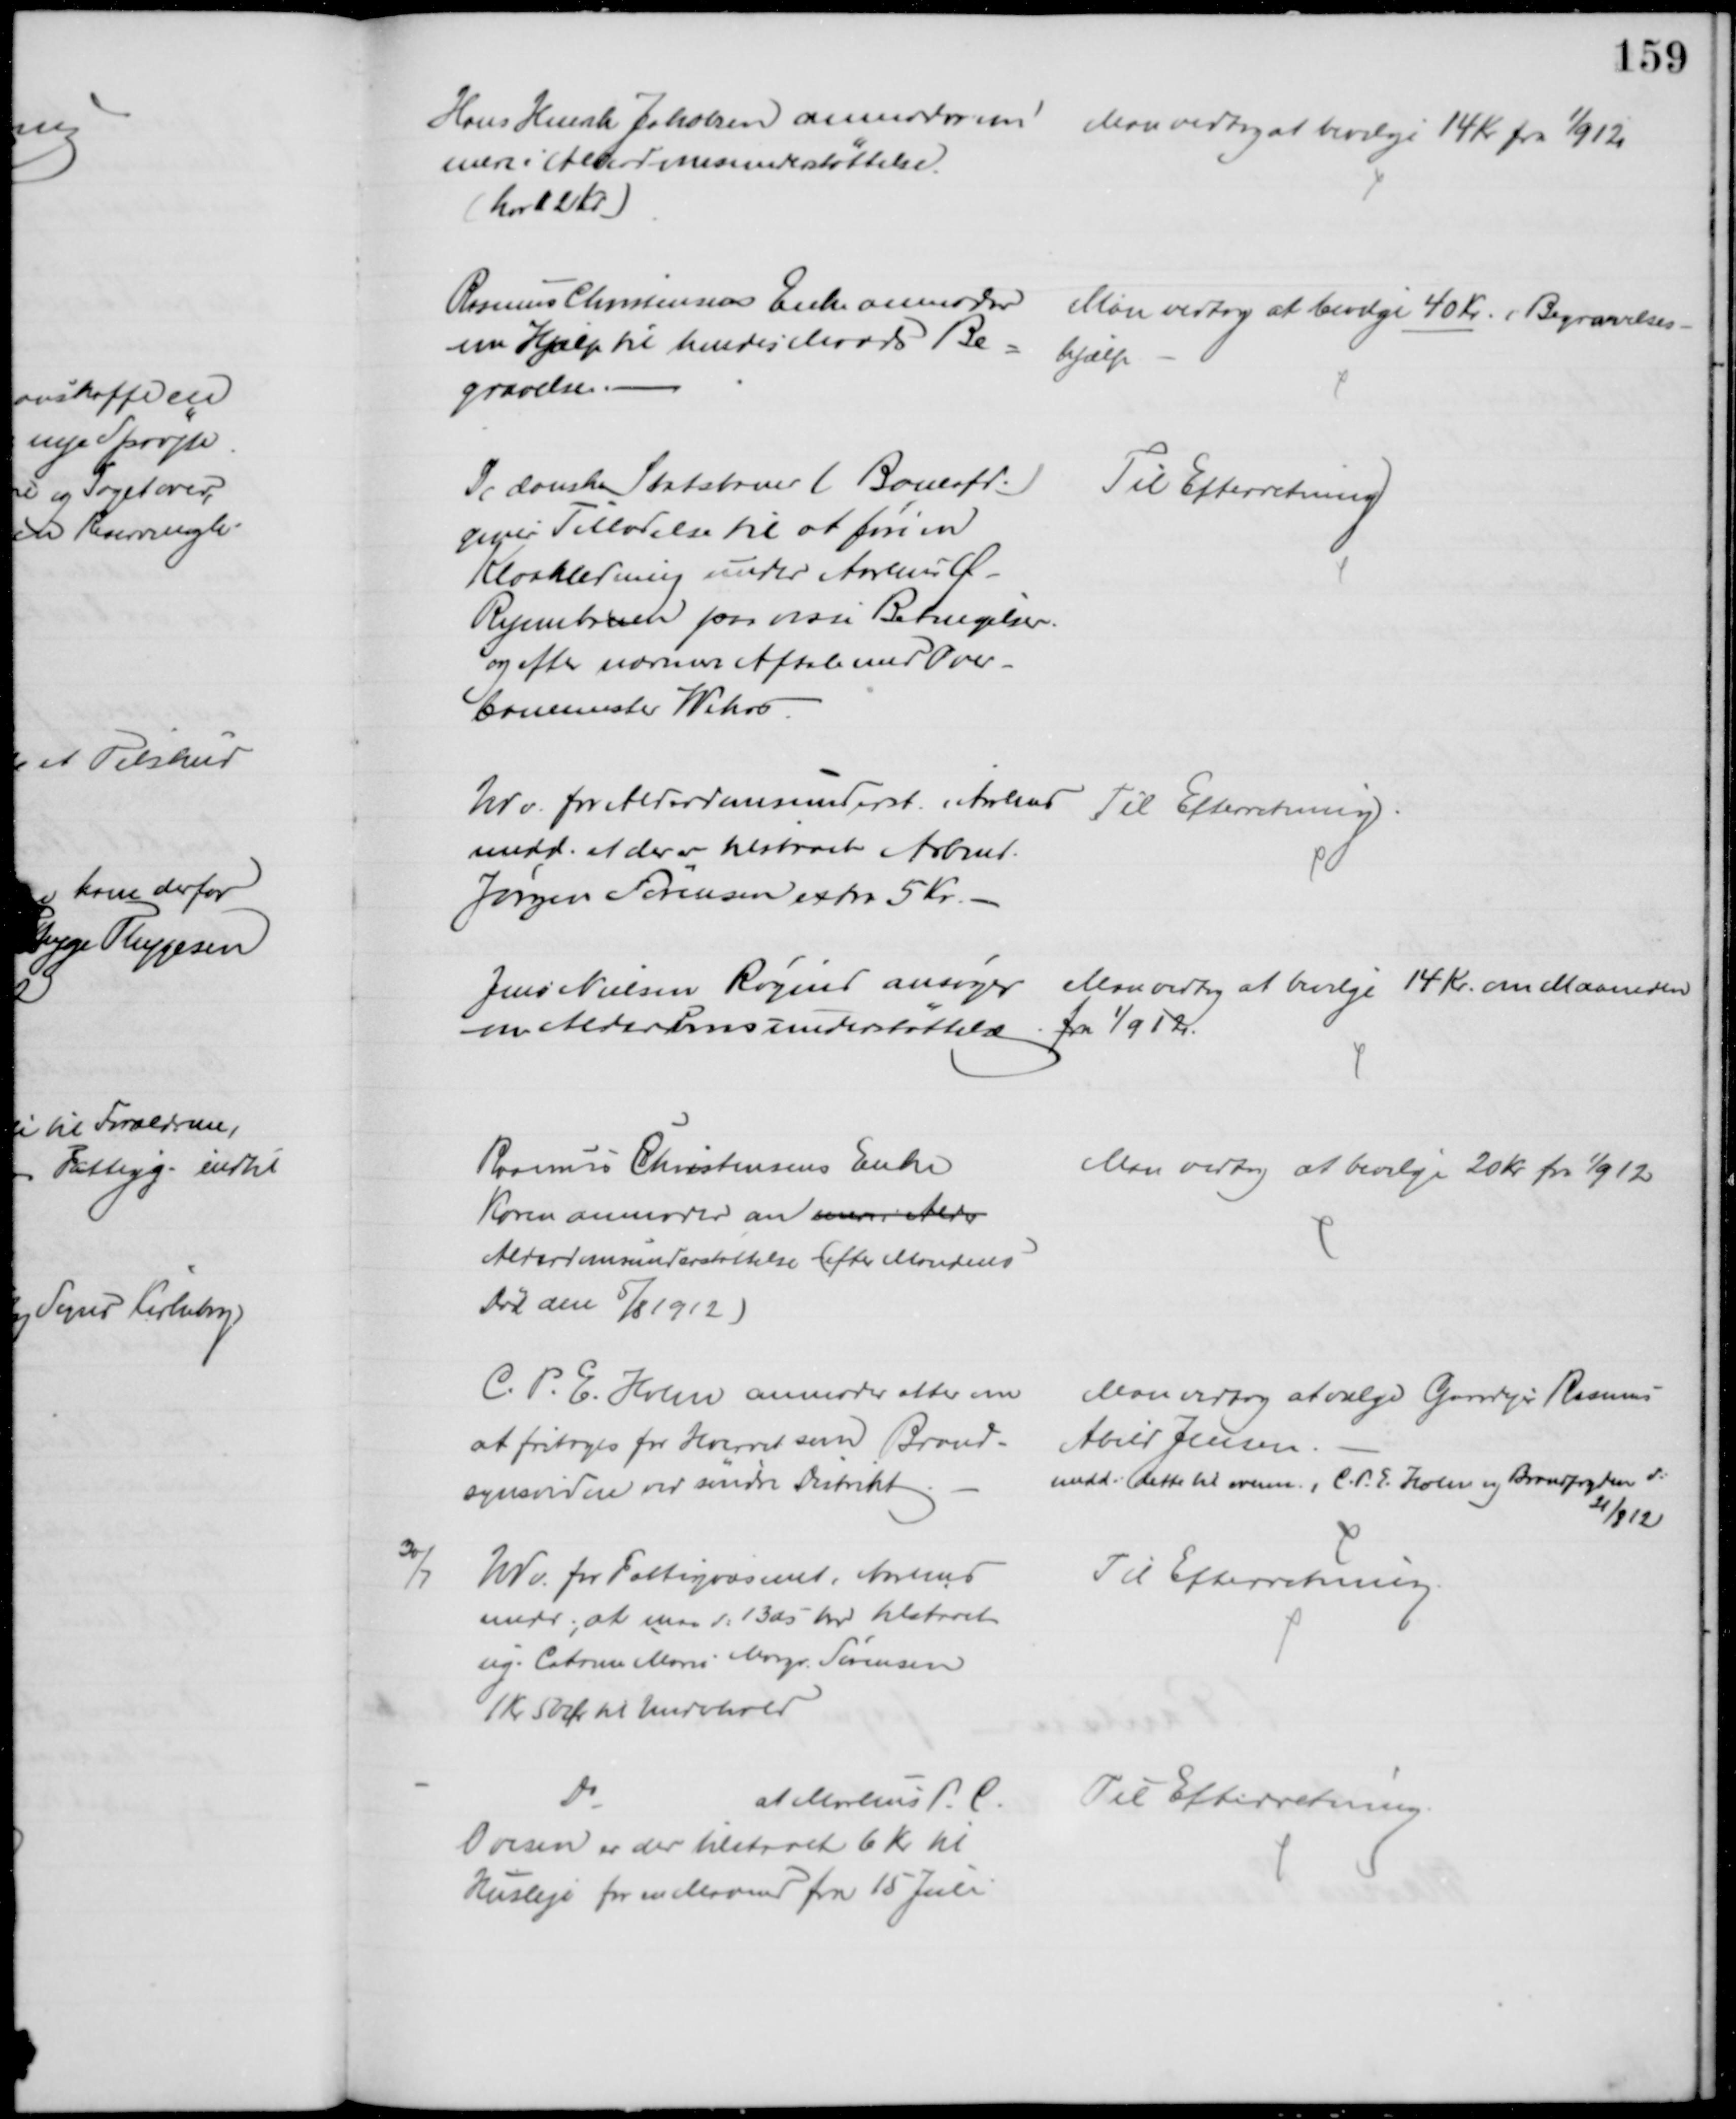
Transskription:
Hans Henrik Jakobsen anmoder om
mere i Alderdomsunderstøttelse.
(har 12 Kr)
Man vedtog at bevilge 14 Kr fra 1/9 12
Rasmus Christensens Enke anmoder 
om Hjælp til hendes Mands Be= 
gravelse. 
Man vedtog at bevilge 40 Kr. i Begravelses-
hjælp
De danske Statsbaner (Baneafd.)
giver Tilladelse til at føre en
Kloakledning under Aarhus Ø -
Ryombanen paa visse Betingelser.
og efter nærmere Aftale med Over-
banemester Wehrs.
Til Efterretning
Udv. for Alderdomsunderst. i  Aarhus 
medd. at der er tilstaaet Arbmd.
Jørgen Sørensen extra 5 Kr.
Til Efterretning
Jens Nielsen Røgind ansøger
om Alderdomsunderstøttelse
Man vedtog at bevilge 14 Kr. om Maaneden
fra 1/9 12.
Rasmus Christensens Enke
Karen anmoder om mere i  Alder
Alderdomsunderstøttelse (efter Mandens
Død den 5/8 1912)
Man vedtog at bevilge 20 Kr. fra 1/9 12
C. P. E. Holm anmoder atter om 
at fritages for Hvervet som Brand-
synsvidne ved søndre Distrikt
Man vedtog at vælge Gaardejer Rasmus
Abild Jensen.
medd: dette til ovenn., C. P. E. Holm og Brandfogden d: 
21/8 12
30/7
Udv. for Fattigvæsenet i Aarhus
medd., at man d: 13 ds har tilstaaet
ug. Catrine Marie Margr. Sørensen
1 Kr 50 Ør til Underhold
Til Efterretning.
Do
at Markus P. C.
Ovesen er der tilstaaet 6 Kr til 
Husleje for en Maaned fra 15 Juli
Til Efterretning